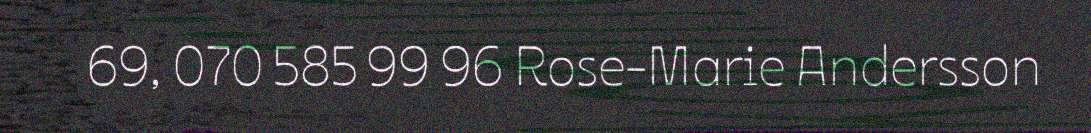
69, 070 585 99 96 Rose-Marie Andersson